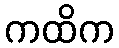
ကထိက